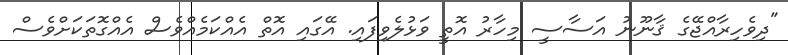
"ދިވެހިރާއްޖޭގެ ޤާނޫނު އަސާސީ މިހާރު އޮތީ ވަޅުލެވިފައި. އޭގައި އޮތް އެއްކަމެއްވެސް އެއްގޮތަކަށްވެސް